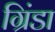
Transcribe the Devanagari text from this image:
ग्रिंडा